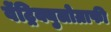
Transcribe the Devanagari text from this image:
वेंट्रिक्युलोग्राफी